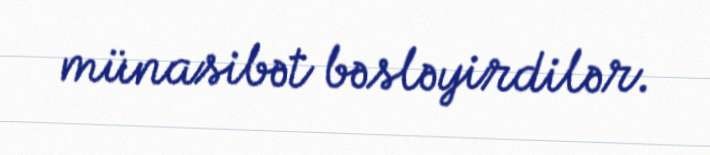
münasibət bəsləyirdilər.